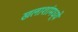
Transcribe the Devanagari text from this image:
खलाशांमध्ये